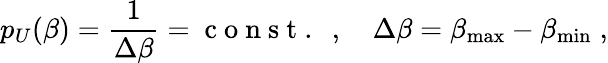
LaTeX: {p}_{U}(\beta)=\frac{1}{\Delta\beta}=\mathrm{~c~o~n~s~t~.~}\; ,\quad\Delta\beta=\beta_{\mathrm{max}}-\beta_{\mathrm{min}}\; ,